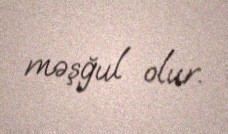
məşğul olur.